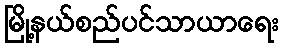
မြို့နယ်စည်ပင်သာယာရေး